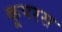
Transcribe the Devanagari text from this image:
कूपरस